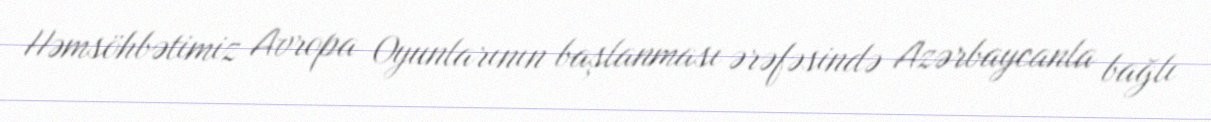
Həmsöhbətimiz Avropa Oyunlarının başlanması ərəfəsində Azərbaycanla bağlı